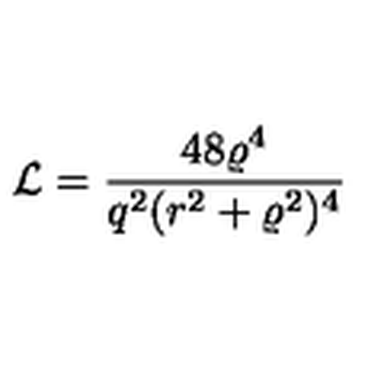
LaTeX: { \cal L } = \frac { 4 8 \varrho ^ { 4 } } { q ^ { 2 } ( r ^ { 2 } + \varrho ^ { 2 } ) ^ { 4 } }